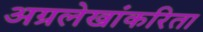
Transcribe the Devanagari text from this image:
अग्रलेखांकरिता